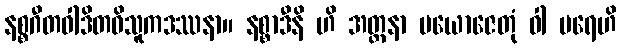
နစ္စဂီတဝါဒိတဝိသူကဒဿနာ။ နစ္စာဒီနိ ဟိ အတ္တနာ ပယောဇေတုံ ဝါ ပရေဟိ